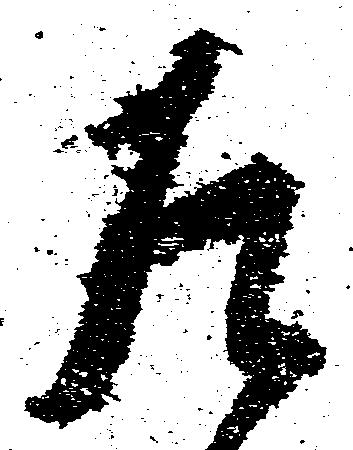
左